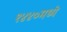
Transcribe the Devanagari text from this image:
१४४०मध्ये